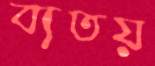
ব্যতয়